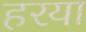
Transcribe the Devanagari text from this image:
हरया